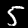
Digit: 5